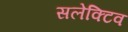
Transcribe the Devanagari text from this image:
सलेक्टिव